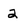
Character: 2